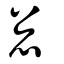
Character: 忩